Leaving Certificate Examination, 1920
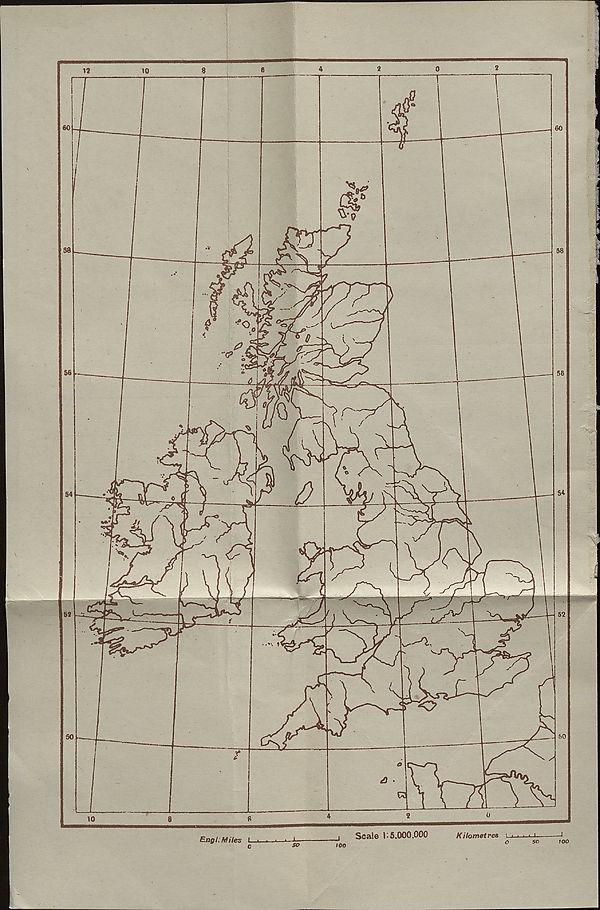
Engl: Miles L
Scale 1:5.000,000
Kilometres l.
100